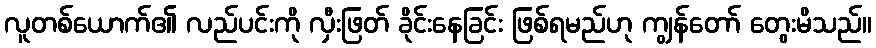
လူတစ်ယောက်၏ လည်ပင်းကို လှီးဖြတ် ခိုင်းနေခြင်း ဖြစ်ရမည်ဟု ကျွန်တော် တွေးမိသည်။